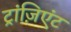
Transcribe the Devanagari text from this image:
ट्रांज़िएंट